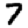
Digit: 7